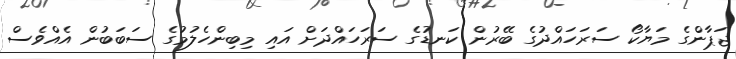
ޖަޕާންގެ މަޔާކޯ ސަރަހައްދުގެ ބޭރުން ކަނޑުގެ ސަރަހައްދަށް އައި މިބިންހެލުމުގެ ސަބަބުން އެއްވެސް